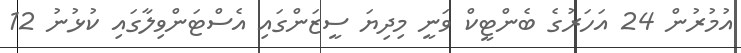
އުމުރުން 24 އަހަރުގެ ބެންޓީކް ވަނީ މިދިޔަ ސީޒަންގައި އެސްޓަންވިލާގައި ކުޅުނު 12